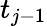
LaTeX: t_{j-1}